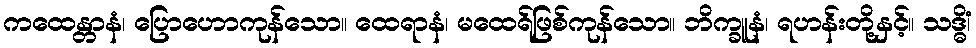
ကထေန္တာနံ၊ ပြောဟောကုန်သော။ ထေရာနံ၊ မထေရ်ဖြစ်ကုန်သော။ ဘိက္ခူနံ၊ ရဟန်းတို့နှင့်။ သဒ္ဓိံ၊